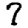
Digit: 7